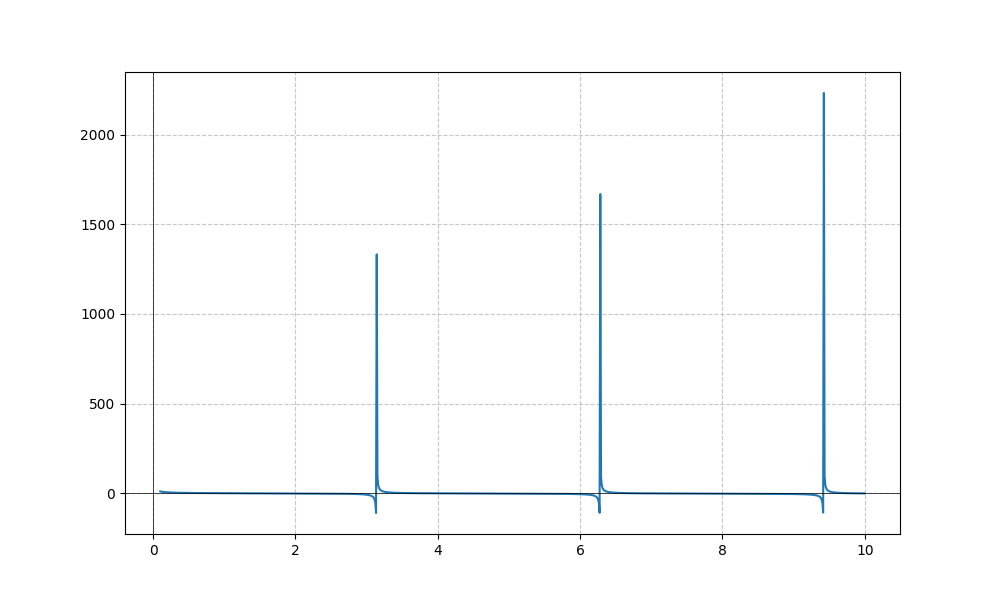
LaTeX formula: - \sqrt{x} + \cot{\left(x \right)}